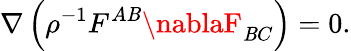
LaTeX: \nabla\left(\rho^{-1}F^{A\mathit{B}}\nablaF_{\mathit{B}C}\right)=0.